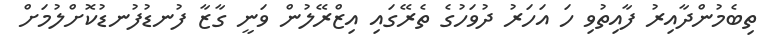
ތިބެމުންދާއިރު ފާއިތުވި ހަ އަހަރު ދުވަހުގެ ތެރޭގައި އިޒްރޭލުން ވަނީ ގާޒާ ފުނޑުފުނޑުކޮށްލުމަށް